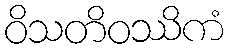
ဝိသတိဝဿိကံ